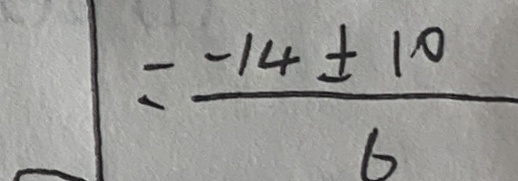
= \frac { - 1 4 \pm 1 0 } { 6 }